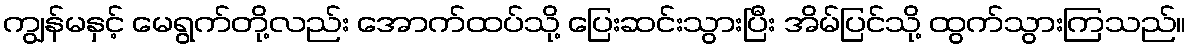
ကျွန်မနှင့် မေရွက်တို့လည်း အောက်ထပ်သို့ ပြေးဆင်းသွားပြီး အိမ်ပြင်သို့ ထွက်သွားကြသည်။